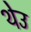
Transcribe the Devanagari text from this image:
थेउ